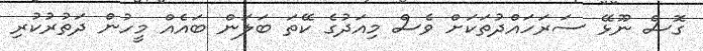
ގޮސް ނޫޅޭ ސަރަހައްދުތަކަށް ވެސް މިއަދުގެ ކޭތަ ބަލަން ބައެއް މީހުން ދަތުރުކުރި